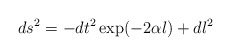
\begin{align*}ds^{2}=-dt^{2}\exp (-2\alpha l)+dl^{2} \end{align*}